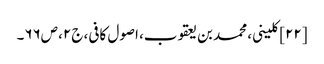
[۲۲] کلینی، محمد بن یعقوب، اصول کافی، ج۲، ص۶۶۔